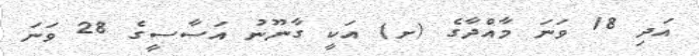
އަދި 18 ވަނަ މާއްދާގެ (ށ) އަކީ ގާނޫނު އަސާސީގެ 28 ވަނަ